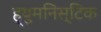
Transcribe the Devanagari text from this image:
ह्युमनिस्टिक